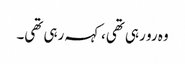
وہ رو رہی تھی،کہہ رہی تھی۔